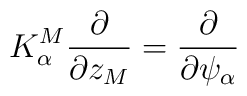
K^M_\alpha \frac{\partial}{\partial z_M} = \frac{\partial}{\partial\psi_\alpha}